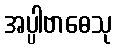
အပ္ပါဗာဓေသု